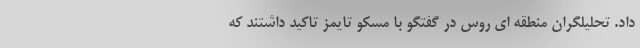
داد. تحلیلگران منطقه ای روس در گفتگو با مسکو تایمز تاکید داشتند که